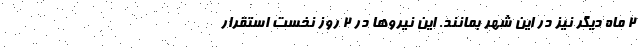
2 ماه دیگر نیز در این شهر بمانند. این نیروها در 2 روز نخست استقرار